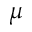
\mu